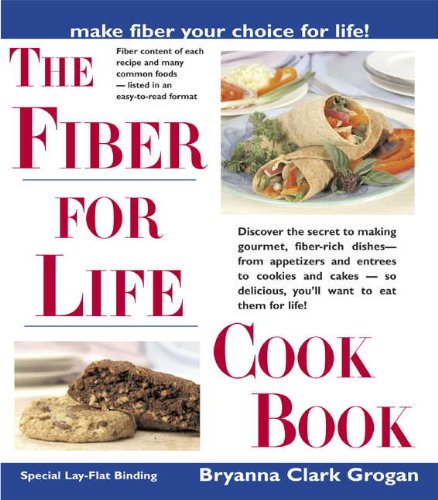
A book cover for The Fiber for Life Cookbook: Delicious Recipes for Good Health; Bryanna Clark Grogan; Health, Fitness & Dieting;